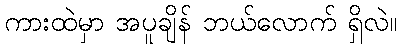
ကားထဲမှာ အပူချိန် ဘယ်လောက် ရှိလဲ။